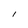
Character: l